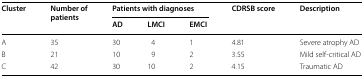
<table><thead><tr><td rowspan="2"><b>Cluster</b></td><td rowspan="2"><b>Number ofpatients</b></td><td colspan="3"><b>Patients with diagnoses</b></td><td rowspan="2"><b>CDRSB score</b></td><td rowspan="2"><b>Description</b></td></tr><tr><td><b>AD</b></td><td><b>LMCI</b></td><td><b>EMCI</b></td></tr></thead><tbody><tr><td>A</td><td>35</td><td>30</td><td>4</td><td>1</td><td>4.81</td><td>Severe atrophy AD</td></tr><tr><td>B</td><td>21</td><td>10</td><td>9</td><td>2</td><td>3.55</td><td>Mild self-critical AD</td></tr><tr><td>C</td><td>42</td><td>30</td><td>10</td><td>2</td><td>4.15</td><td>Traumatic AD</td></tr></tbody></table>